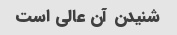
شنیدن آن عالی است